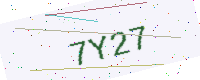
Text: 7Y27